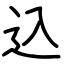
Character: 込